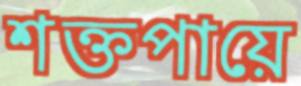
শক্তপায়ে